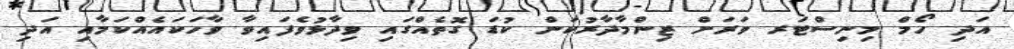
އަދި ހޯމް މިނިސްޓަރ ވަރަށް ޒިންމާދާރުކަން ކުޑަ ގޮތެއްގައި ވިދާޅުވެފައިވާ ވާހަކައެއްކަމާއި އަދި